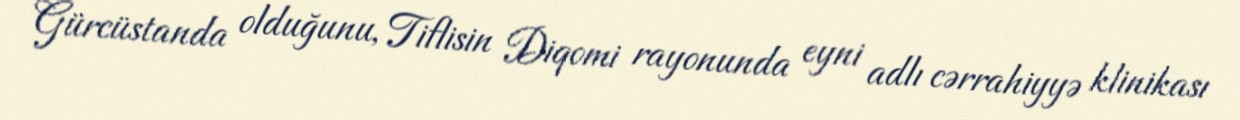
Gürcüstanda olduğunu, Tiflisin Diqomi rayonunda eyni adlı cərrahiyyə klinikası